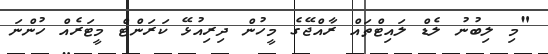
"މި ލިބުނު ލެޑް ލައިޓްތައް ރާއްޖޭގެ މީހުން ދިރިއުޅޭ ކަރަންޓް މީޓަރެއް ހުންނަ